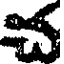
చ